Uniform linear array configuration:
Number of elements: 12
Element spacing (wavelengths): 0.5
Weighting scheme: hamming
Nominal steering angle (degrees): -30
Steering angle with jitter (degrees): -30.049
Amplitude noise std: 0.05
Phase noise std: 0.05

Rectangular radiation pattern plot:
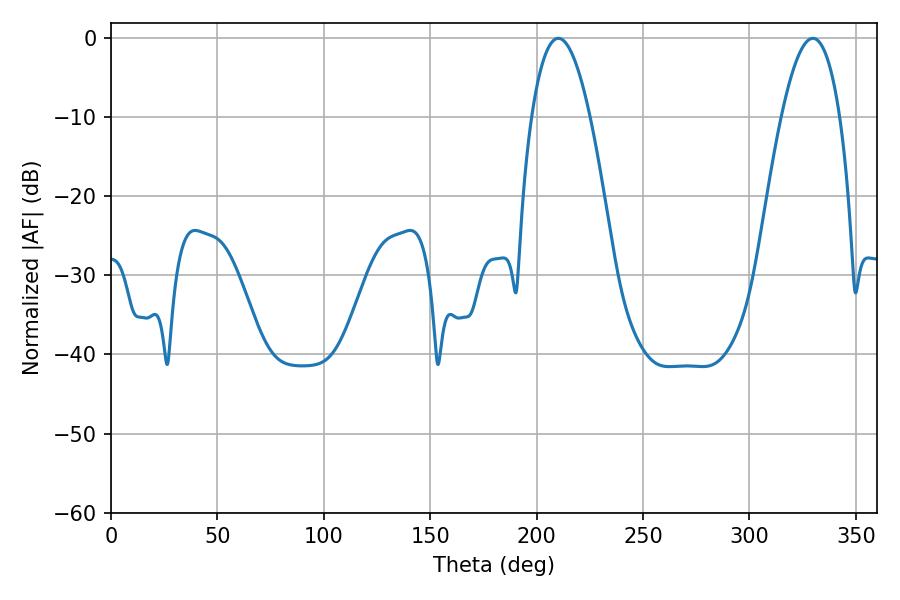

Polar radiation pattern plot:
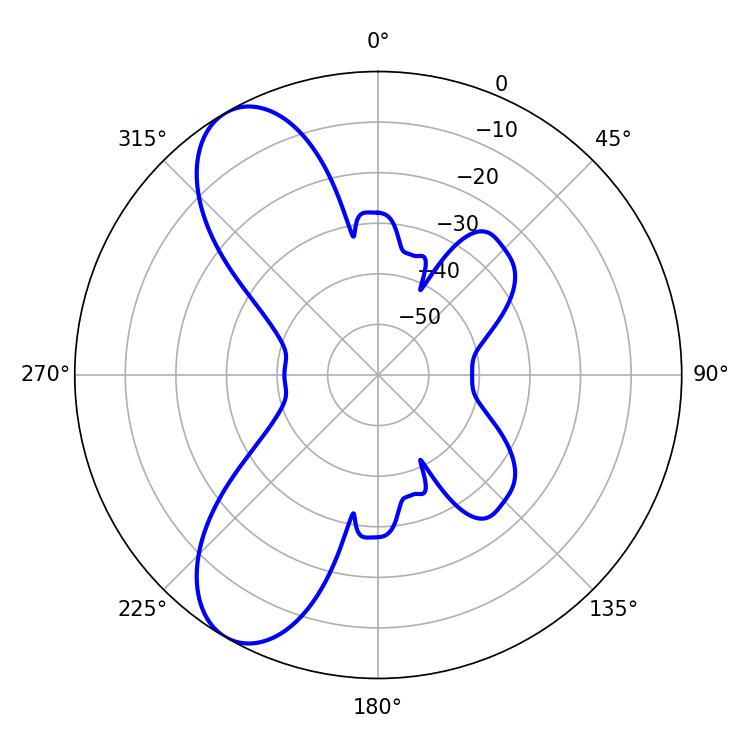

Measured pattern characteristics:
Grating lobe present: FALSE
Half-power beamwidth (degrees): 15.12
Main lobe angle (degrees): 210.24